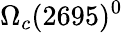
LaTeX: \Omega_{c}(2695)^{0}